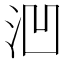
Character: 𪵲